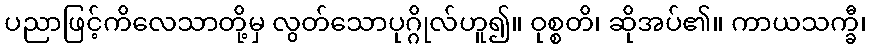
ပညာဖြင့်ကိလေသာတို့မှ လွတ်သောပုဂ္ဂိုလ်ဟူ၍။ ဝုစ္စတိ၊ ဆိုအပ်၏။ ကာယသက္ခီ၊